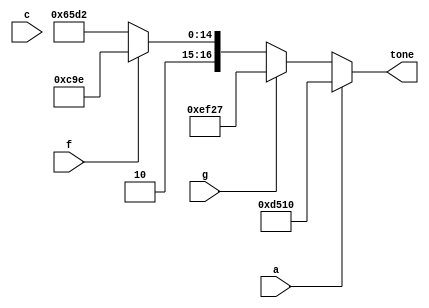
module selector #(
	parameter INPUT = 48000000,
	parameter WIDTH = $clog2(INPUT / 262 / 2 - 1)
) (
	input a,
	input g,
	input f,
	input c,
	output reg [WIDTH-1:0] tone
);

localparam FREQ_A4 = 440;
localparam FREQ_G4 = 392;
localparam FREQ_F4 = 349;
localparam FREQ_C4 = 262;

localparam TONE_A4 = INPUT / FREQ_A4 / 2 - 1;
localparam TONE_G4 = INPUT / FREQ_G4 / 2 - 1;
localparam TONE_F4 = INPUT / FREQ_F4 / 2 - 1;
localparam TONE_C4 = INPUT / FREQ_C4 / 2 - 1;

always @(*) begin
	if (a)
		tone = TONE_A4[WIDTH-1:0];
	else if (g)
		tone = TONE_G4[WIDTH-1:0];
	else if (f)
		tone = TONE_F4[WIDTH-1:0];
	else
		tone = TONE_C4[WIDTH-1:0];
end

endmodule